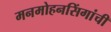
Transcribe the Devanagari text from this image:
मनमोहनसिंगांची